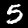
Digit: 5